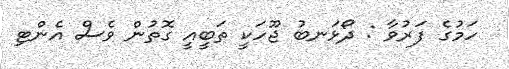
ހަމުގެ ފަރުވާ : ދޯޅަނބު ޖޫހަކީ ތަބީއީ ގޮތުން ވެސް އެންޓި